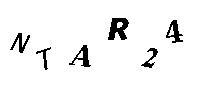
NTAR24